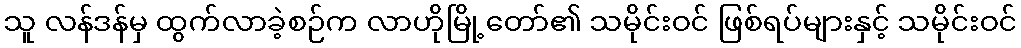
သူ လန်ဒန်မှ ထွက်လာခဲ့စဉ်က လာဟိုမြို့တော်၏ သမိုင်းဝင် ဖြစ်ရပ်များနှင့် သမိုင်းဝင်